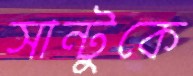
সান্টুকে